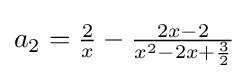
{\textstyle a_{2}={\frac {2}{x}}-{\frac {2x-2}{x^{2}-2x+{\frac {3}{2}}}}}